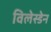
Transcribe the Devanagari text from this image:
विलेस्डेन